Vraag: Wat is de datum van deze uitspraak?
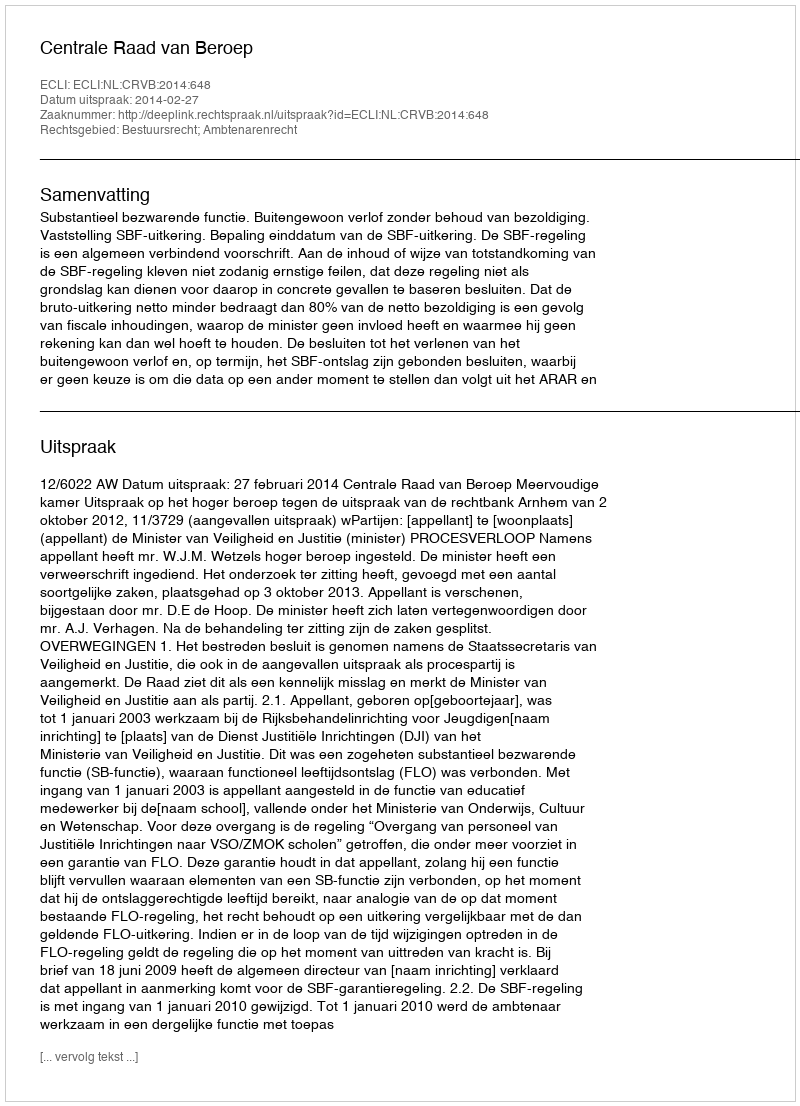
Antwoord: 2014-02-27